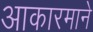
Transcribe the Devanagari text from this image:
आकारमाने